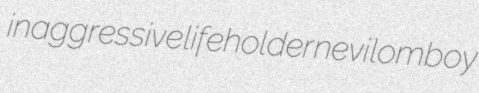
inaggressive lifeholder nevi lomboy